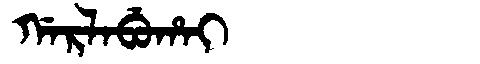
Manchu: ᡤᠠᡵᠯᠠᠪᡠᡥᠠᡳ
Romanization: GARLABUHAI